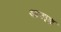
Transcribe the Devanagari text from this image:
अराह